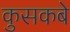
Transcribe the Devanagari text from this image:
कुसकबे